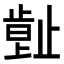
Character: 𣦕